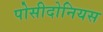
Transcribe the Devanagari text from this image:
पोसीदोनियस